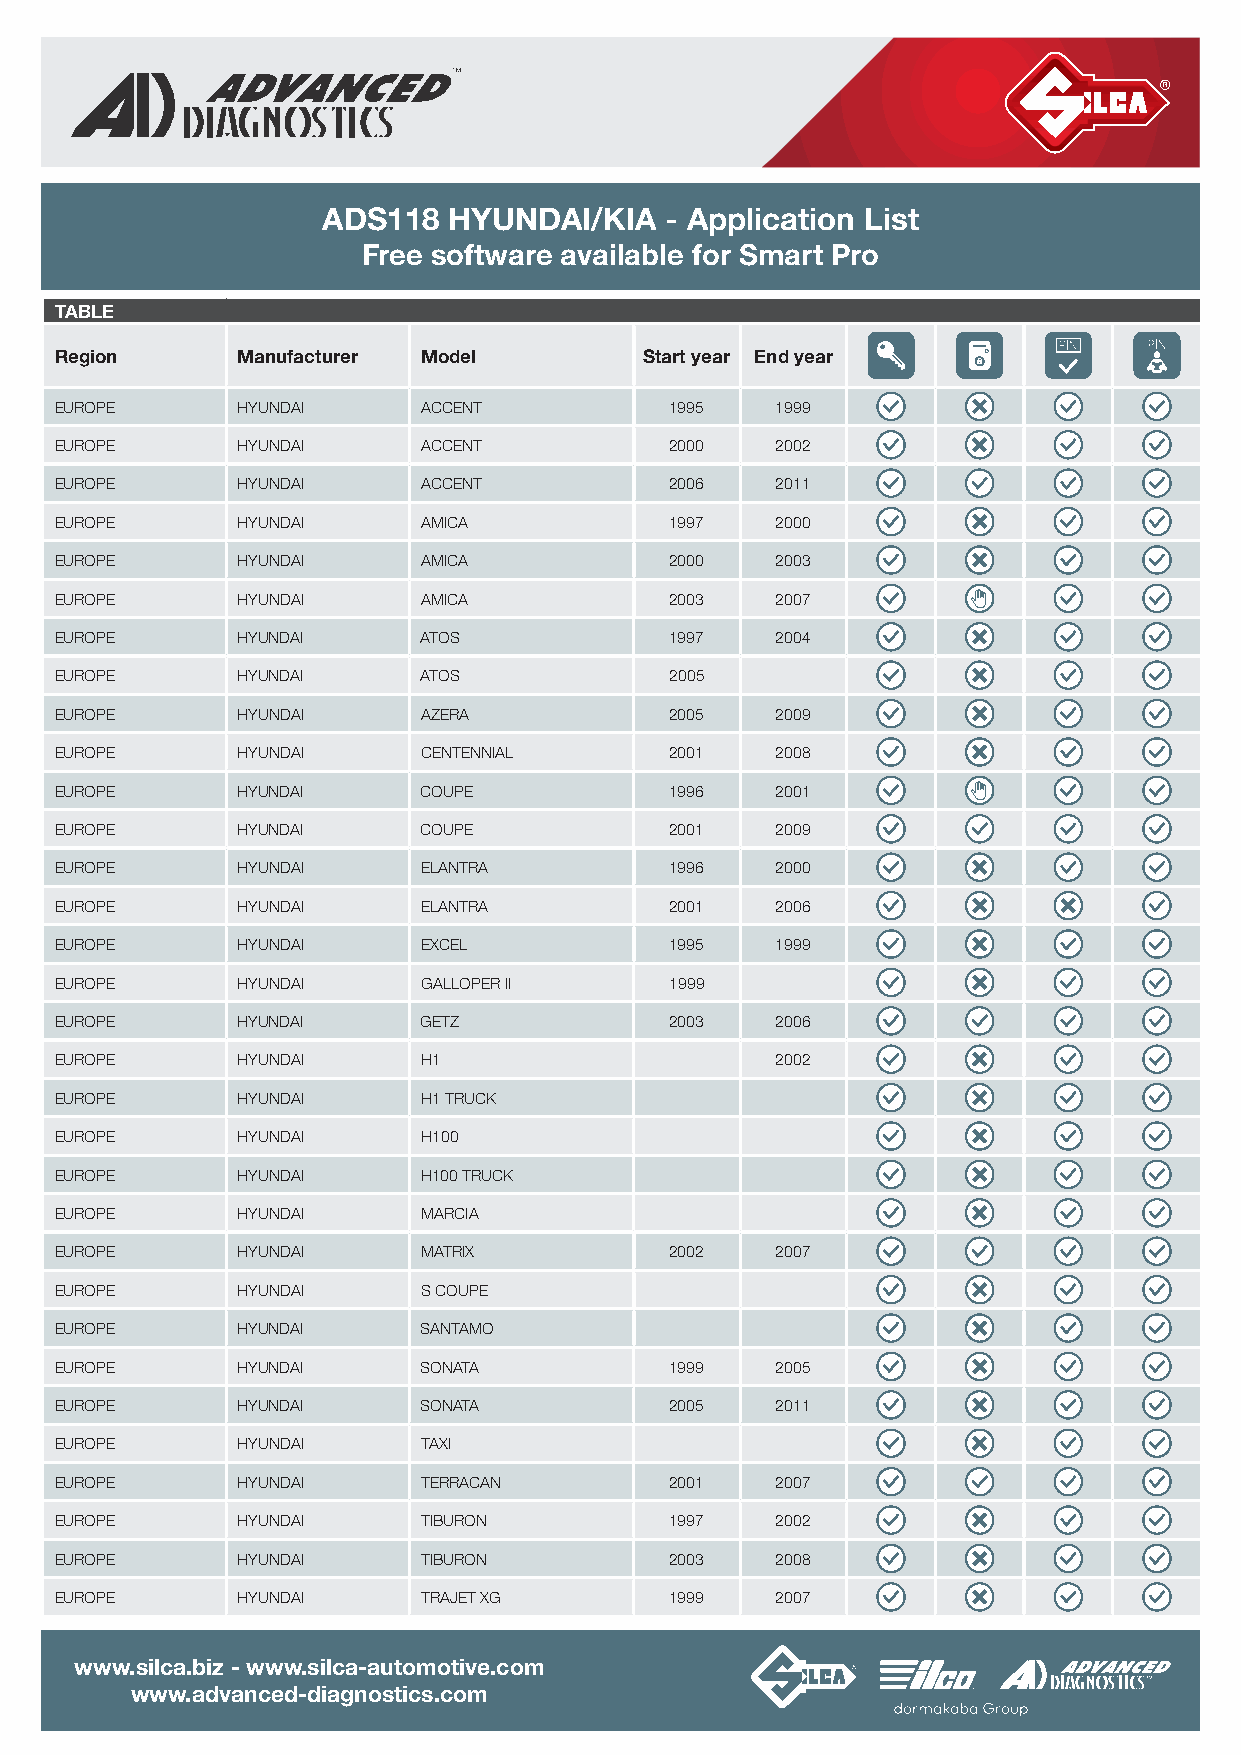
ADS118   HYUNDAI/KIA   - Application List
 Free software available for Smart Pro
 TABLE
 Region      Manufacturer Model         Start year End year
 EUROPE      HYUNDAI     ACCENT          1995   1999
 EUROPE      HYUNDAI     ACCENT          2000   2002
 EUROPE      HYUNDAI     ACCENT          2006   2011
 EUROPE      HYUNDAI     AMICA           1997   2000
 EUROPE      HYUNDAI     AMICA           2000   2003
 EUROPE      HYUNDAI     AMICA           2003   2007
 EUROPE      HYUNDAI     ATOS            1997   2004
 EUROPE      HYUNDAI     ATOS            2005
 EUROPE      HYUNDAI     AZERA           2005   2009
 EUROPE      HYUNDAI     CENTENNIAL      2001   2008
 EUROPE      HYUNDAI     COUPE           1996   2001
 EUROPE      HYUNDAI     COUPE           2001   2009
 EUROPE      HYUNDAI     ELANTRA         1996   2000
 EUROPE      HYUNDAI     ELANTRA         2001   2006
 EUROPE      HYUNDAI     EXCEL           1995   1999
 EUROPE      HYUNDAI     GALLOPER II     1999
 EUROPE      HYUNDAI     GETZ            2003   2006
 EUROPE      HYUNDAI     H 1                    2002
 EUROPE      HYUNDAI     H 1 TRUCK
 EUROPE      HYUNDAI     H 100
 EUROPE      HYUNDAI     H 100 TRUCK
 EUROPE      HYUNDAI     MARCIA
 EUROPE      HYUNDAI     MATRIX          2002   2007
 EUROPE      HYUNDAI     S COUPE
 EUROPE      HYUNDAI     SANTAMO
 EUROPE      HYUNDAI     SONATA          1999   2005
 EUROPE      HYUNDAI     SONATA          2005   2011
 EUROPE      HYUNDAI     TAXI
 EUROPE      HYUNDAI     TERRACAN        2001   2007
 EUROPE      HYUNDAI     TIBURON         1997   2002
 EUROPE      HYUNDAI     TIBURON         2003   2008
 EUROPE      HYUNDAI     TRAJET XG       1999   2007
 www.silca.biz - www.silca-automotive.com
 www.advanced-diagnostics.com